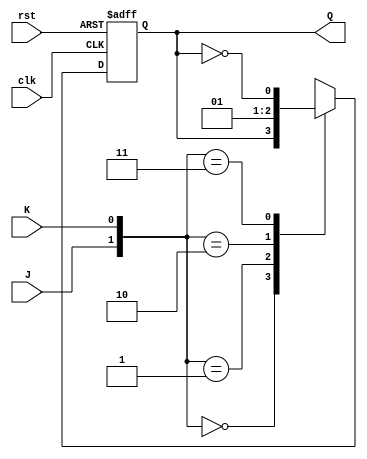
module jk_flipflop (
    input wire clk,
    input wire rst,
    input wire J,
    input wire K,
    output reg Q
);

always @(posedge clk or posedge rst) begin
    if (rst) begin
        Q <= 1'b0;
    end else begin
        case ({J,K})
            2'b00: Q <= Q;
            2'b01: Q <= 1'b0;
            2'b10: Q <= 1'b1;
            2'b11: Q <= ~Q;
        endcase
    end
end

endmodule